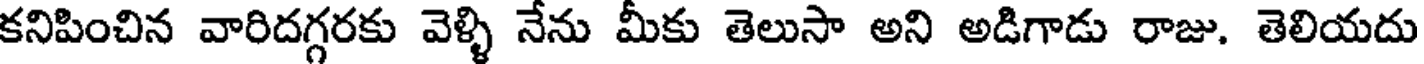
కనిపించిన వారిదగ్గరకు వెళ్ళి నేను మీకు తెలుసా అని అడిగాడు రాజు. తెలియదు